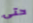
حتى